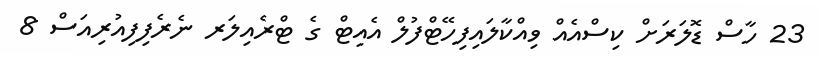
23 ހާސް ޑޮލަރަށް ކިސްއެއް ވިއްކާލައިފިހޭޓްފުލް އެއިޓް ގެ ޓްރެއިލަރ ނެރެފިފިއުރިއަސް 8